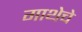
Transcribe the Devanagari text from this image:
गाथेचे